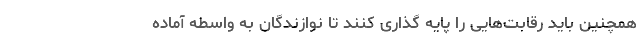
همچنین باید رقابت‌هایی را پایه گذاری کنند تا نوازندگان به واسطه آماده